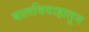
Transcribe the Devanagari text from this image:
बालविवाहातून